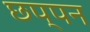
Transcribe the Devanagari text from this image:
छप्‍पन